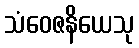
သံဝေဇနိယေသု